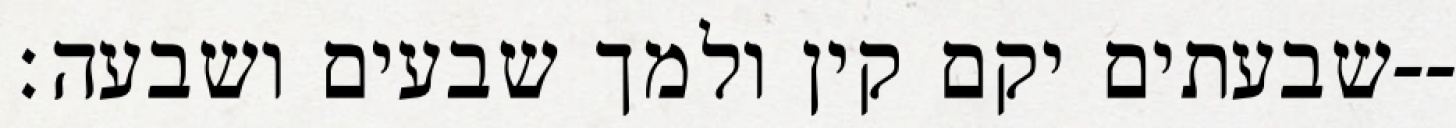
שבעתים יקם קין ולמך שבעים ושבעה׃--